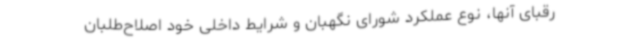
رقبای آنها، نوع عملکرد شورای نگهبان و شرایط داخلی خود اصلاح‌طلبان